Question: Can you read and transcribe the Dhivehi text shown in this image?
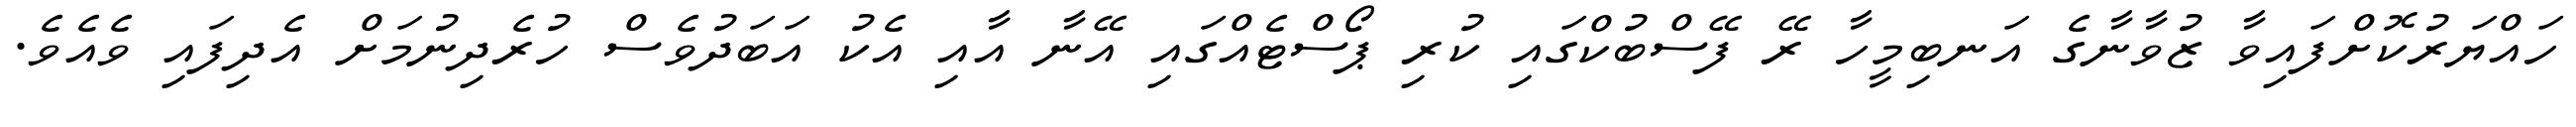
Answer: ހައްޔަރުކޮށްފައިވާ ޒުވާނާގެ އަނބިމީހާ ރޭ ފޭސްބުކްގައި ކުރި ޕޯސްޓެއްގައި އޭނާ އާއި އެކު އަބަދުވެސް ހުރެދިނުމަށް އެދިފައި ވެއެވެ.